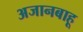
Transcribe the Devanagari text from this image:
अजानबाहू